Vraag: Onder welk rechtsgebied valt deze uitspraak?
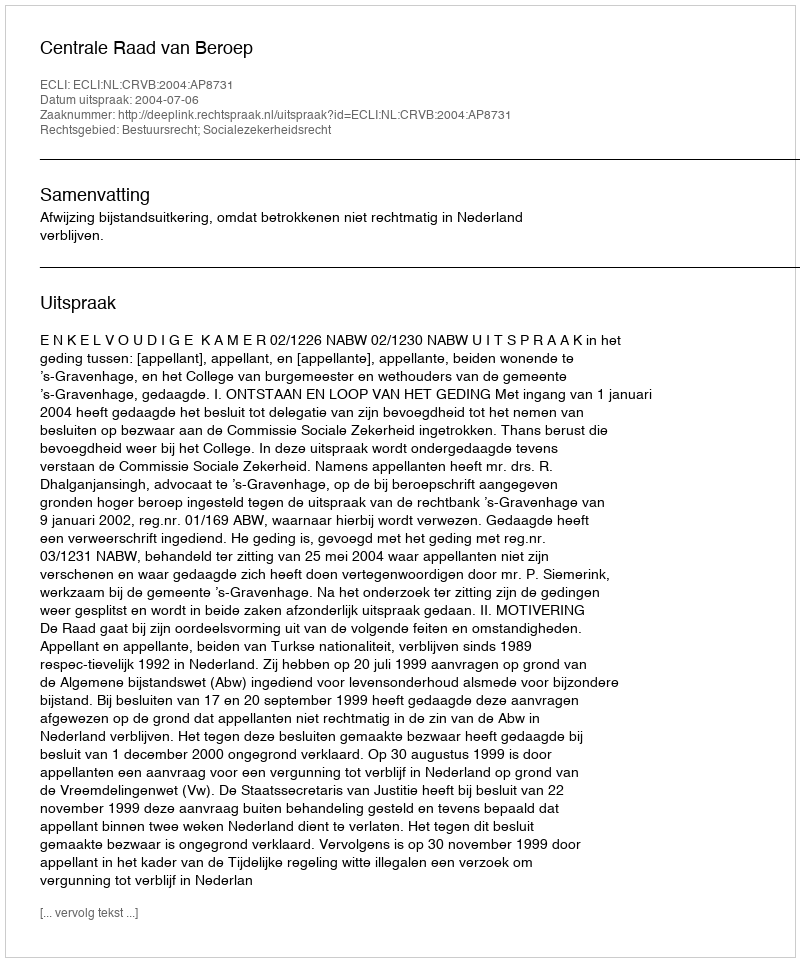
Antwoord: Bestuursrecht; Socialezekerheidsrecht